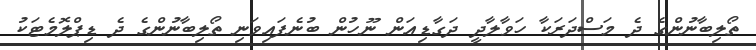
ތޯލިބާނުންގެ ދެ މަސްދަރަކާ ހަވާލާދީ ދަގާޑިއަން ނޫހުން ބުނެފައިވަނި ތޯލިބާނުންގެ ދެ ޑިޕްލޮމެޓަކު